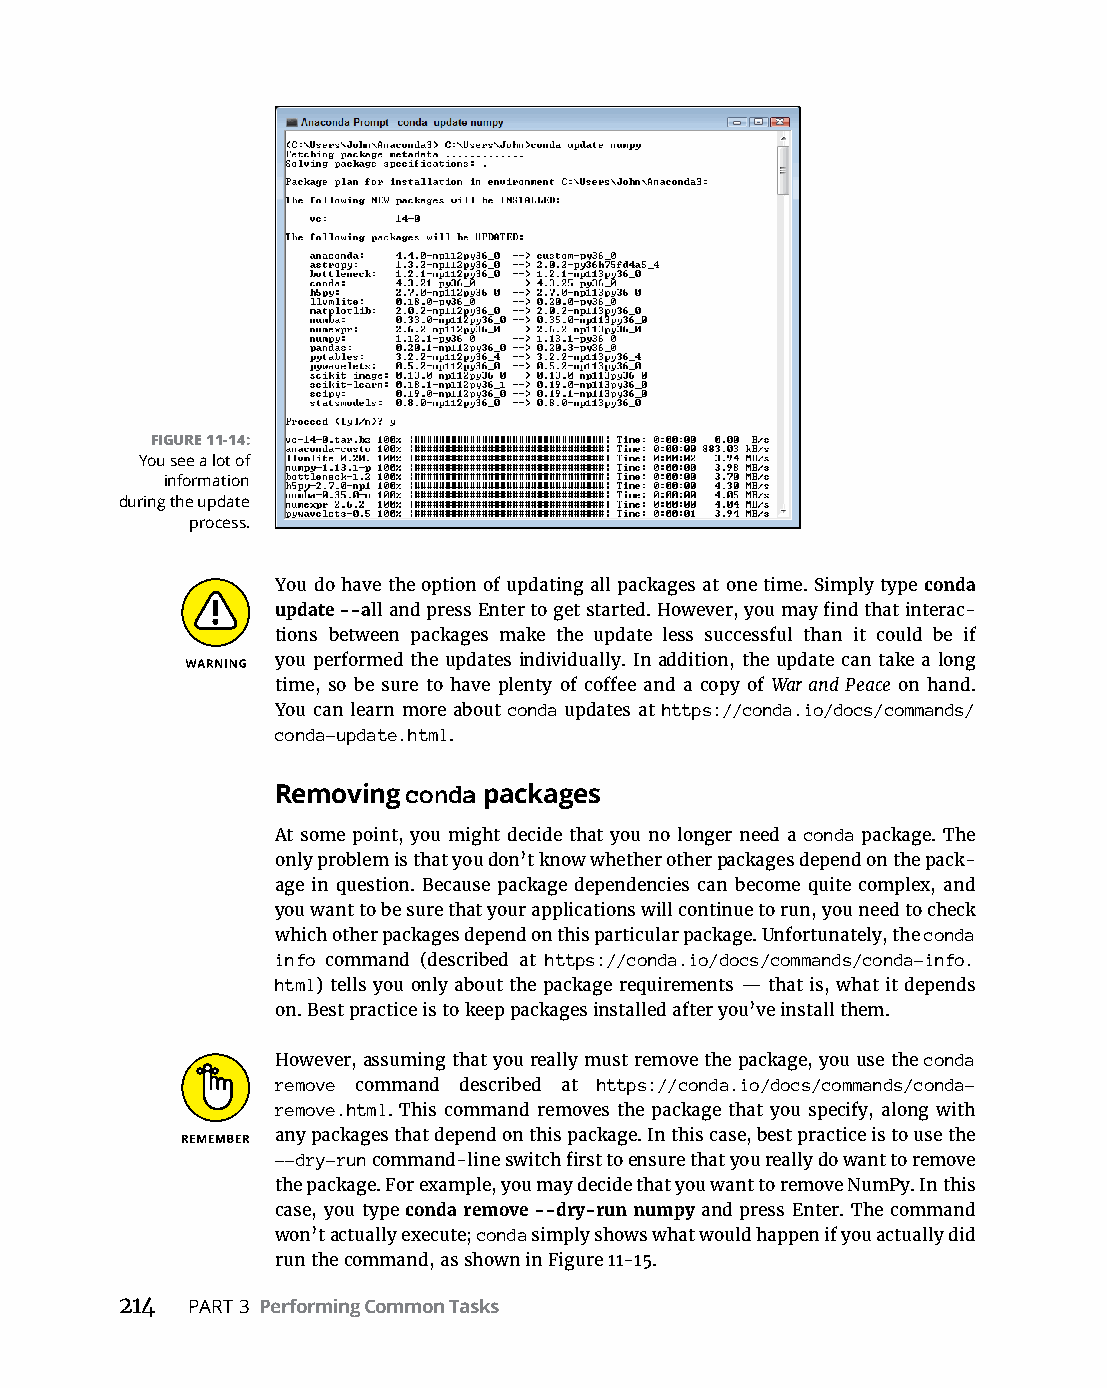
FIGURE 11-14:
 You see a lot of
 information
 during the update
 process.
 You do have the option of updating all packages at one time. Simply type conda
 update --all­and­press­Enter­to­get­started.­However,­you­may­find­that­interac-
 tions between packages make the update less successful than it could be if
 you performed­the­updates­individually.­In­addition,­the­update­can­take­a­long­
 time,­so­be­sure­to­have­plenty­of­coffee­and­a­copy­of­War and Peace on hand.
 You can learn­more­about­conda updates at https://conda.io/docs/commands/
 conda-update.html.
 Removing conda packages
 At some point, you might decide that you no longer need a conda package. The
 only­problem­is­that­you­don’t­know­whether­other­packages­depend­on­the­pack-
 age in question. Because package dependencies can become quite complex, and
 you want to be sure that your applications will continue to run, you need to check
 which­other­packages­depend­on­this­particular­package.­Unfortunately,­the­conda
 info command (described at https://conda.io/docs/commands/conda-info.
 html)­tells­you­only­about­the­package­requirements —­that­is,­what­it­depends­
 on.­Best­practice­is­to­keep­packages­installed­after­you’ve­install­them.
 However,­assuming­that­you­really­must­remove­the­package,­you­use­the­conda
 remove command described at https://conda.io/docs/commands/conda-
 remove.html. This command removes the package that you specify, along with
 any packages that depend on this package. In this case, best practice is to use the
 --dry-run­command-line­switch­first­to­ensure­that­you­really­do­want­to­remove­
 the package. For example, you may decide that you want to remove NumPy. In this
 case, you type conda remove --dry-run numpy and press Enter. The command
 won’t­actually­execute;­conda simply shows what would happen if you actually did
 run­the­command,­as­shown­in­Figure 11-15.
 214 PART 3 Performing Common Tasks